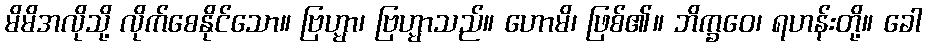
မိမိအလိုသို့ လိုက်စေနိုင်သော။ ဗြဟ္မာ၊ ဗြဟ္မာသည်။ ဟောမိ၊ ဖြစ်၏။ ဘိက္ခဝေ၊ ရဟန်းတို့။ ခေါ